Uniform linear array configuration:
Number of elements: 24
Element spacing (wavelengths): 0.25
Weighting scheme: uniform
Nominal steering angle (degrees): -60
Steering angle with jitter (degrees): -61.019
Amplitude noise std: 0.05
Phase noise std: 0.05

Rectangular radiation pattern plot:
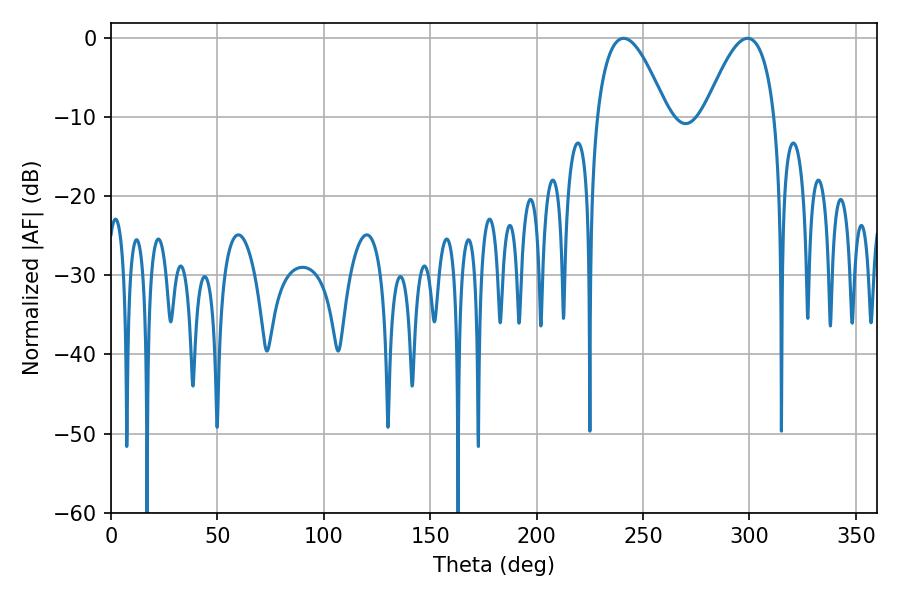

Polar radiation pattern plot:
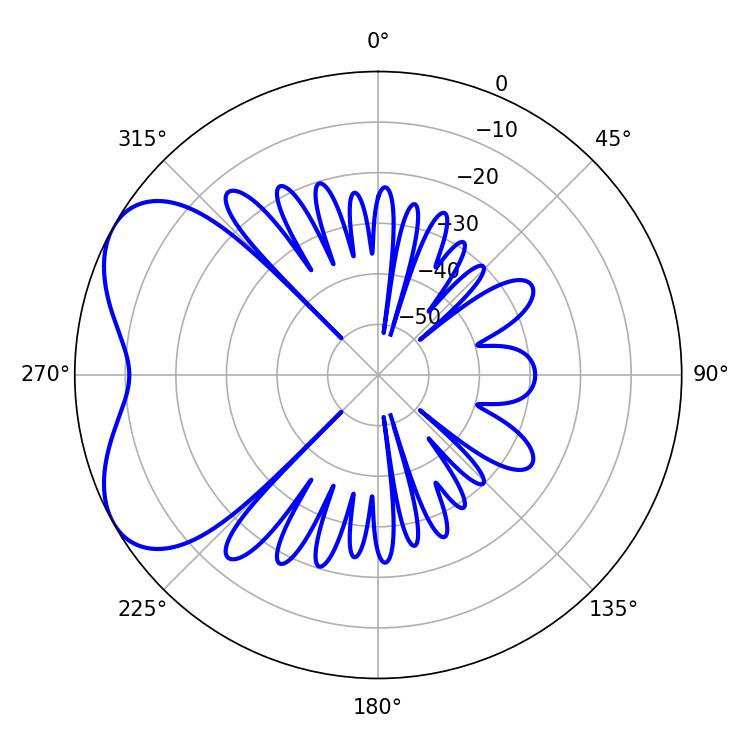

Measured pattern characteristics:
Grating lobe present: FALSE
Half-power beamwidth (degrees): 18.18
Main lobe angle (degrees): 299.16